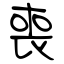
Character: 喪